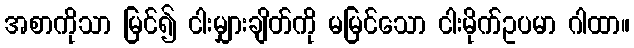
အစာကိုသာ မြင်၍ ငါးမျှားချိတ်ကို မမြင်သော ငါးမိုက်ဥပမာ ဂါထာ။